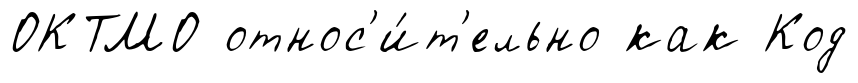
ОКТМО относ'и́т'ельно как Код